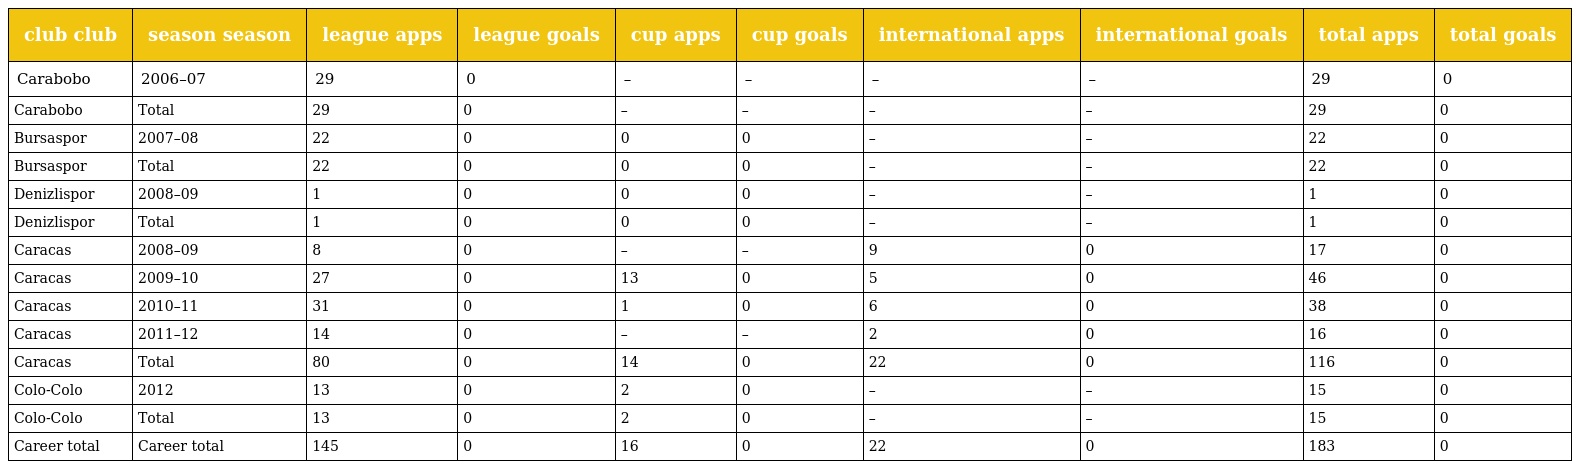
| club club | season season | league apps | league goals | cup apps | cup goals | international apps | international goals | total apps | total goals |
 | --- | --- | --- | --- | --- | --- | --- | --- | --- | --- |
 | Carabobo | 2006–07 | 29 | 0 | – | – | – | – | 29 | 0 |
 | Carabobo | Total | 29 | 0 | – | – | – | – | 29 | 0 |
 | Bursaspor | 2007–08 | 22 | 0 | 0 | 0 | – | – | 22 | 0 |
 | Bursaspor | Total | 22 | 0 | 0 | 0 | – | – | 22 | 0 |
 | Denizlispor | 2008–09 | 1 | 0 | 0 | 0 | – | – | 1 | 0 |
 | Denizlispor | Total | 1 | 0 | 0 | 0 | – | – | 1 | 0 |
 | Caracas | 2008–09 | 8 | 0 | – | – | 9 | 0 | 17 | 0 |
 | Caracas | 2009–10 | 27 | 0 | 13 | 0 | 5 | 0 | 46 | 0 |
 | Caracas | 2010–11 | 31 | 0 | 1 | 0 | 6 | 0 | 38 | 0 |
 | Caracas | 2011–12 | 14 | 0 | – | – | 2 | 0 | 16 | 0 |
 | Caracas | Total | 80 | 0 | 14 | 0 | 22 | 0 | 116 | 0 |
 | Colo-Colo | 2012 | 13 | 0 | 2 | 0 | – | – | 15 | 0 |
 | Colo-Colo | Total | 13 | 0 | 2 | 0 | – | – | 15 | 0 |
 | Career total | Career total | 145 | 0 | 16 | 0 | 22 | 0 | 183 | 0 |